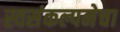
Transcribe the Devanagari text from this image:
स्वसंकल्पनेचा